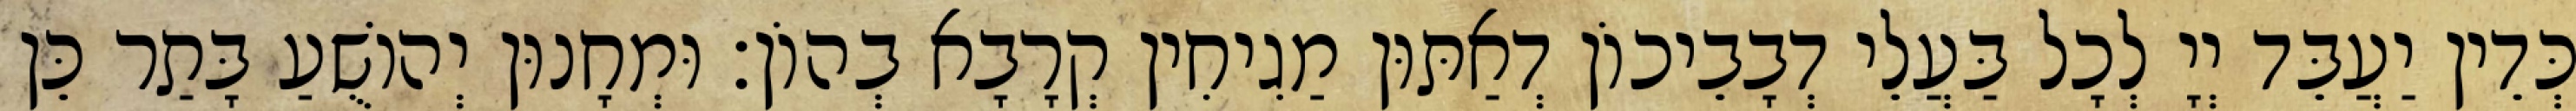
כְּדֵין יַעֲבֵּד יְיָ לְכָל בַּעֲלֵי דְבָבֵיכוֹן דְאַתּוּן מַגִיחִין קְרָבָא בְהוֹן׃ וּמְחָנוּן יְהוֹשֻׁעַ בָּתַר כֵּן